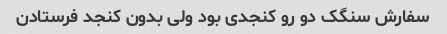
سفارش سنگک دو رو کنجدی بود ولی بدون کنجد فرستادن